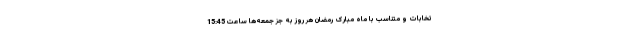
تخابات و متناسب با ماه مبارک رمضان هر روز به جز جمعه‌ها ساعت 15:45